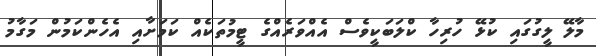
މާލޭ ލީގުގައި ކުޅޭ ހުރިހާ ކްލަބަކީވެސް އެއްވަރެއްގެ ޓީމުތަކެއް ކަމަށާއި އެހެންކަމުން މަގާމު